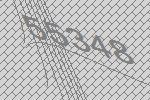
55348